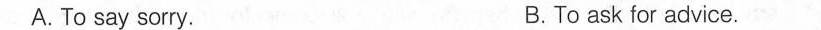
A. To say sorry. B.To ask for advice.